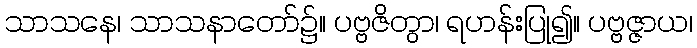
သာသနေ၊ သာသနာတော်၌။ ပဗ္ဗဇိတွာ၊ ရဟန်းပြု၍။ ပဗ္ဗဇ္ဇာယ၊